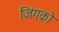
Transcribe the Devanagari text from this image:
जिंगको